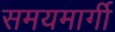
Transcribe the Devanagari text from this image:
समयमार्गी